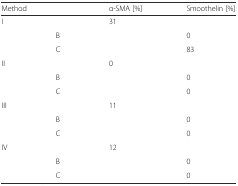
<table><thead><tr><td colspan="2"><b>Method</b></td><td><b>α-SMA [%]</b></td><td><b>Smoothelin [%]</b></td></tr></thead><tbody><tr><td rowspan="3">I</td><td>[EMPTY_CELL]</td><td>31</td><td>[EMPTY_CELL]</td></tr><tr><td>B</td><td>[EMPTY_CELL]</td><td>0</td></tr><tr><td>C</td><td>[EMPTY_CELL]</td><td>83</td></tr><tr><td rowspan="3">II</td><td>[EMPTY_CELL]</td><td>0</td><td>[EMPTY_CELL]</td></tr><tr><td>B</td><td>[EMPTY_CELL]</td><td>0</td></tr><tr><td>C</td><td>[EMPTY_CELL]</td><td>0</td></tr><tr><td rowspan="3">III</td><td>[EMPTY_CELL]</td><td>11</td><td>[EMPTY_CELL]</td></tr><tr><td>B</td><td>[EMPTY_CELL]</td><td>0</td></tr><tr><td>C</td><td>[EMPTY_CELL]</td><td>0</td></tr><tr><td rowspan="3">IV</td><td>[EMPTY_CELL]</td><td>12</td><td>[EMPTY_CELL]</td></tr><tr><td>B</td><td>[EMPTY_CELL]</td><td>0</td></tr><tr><td>C</td><td>[EMPTY_CELL]</td><td>0</td></tr></tbody></table>